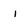
Character: i